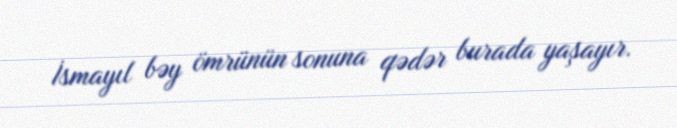
İsmayıl bəy ömrünün sonuna qədər burada yaşayır.